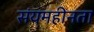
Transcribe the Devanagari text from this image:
संयमहीनता